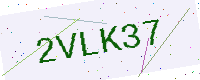
Text: 2VLK37